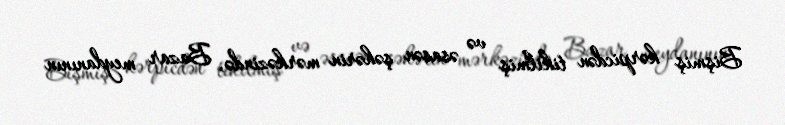
Bişmiş kərpicdən tikilmiş və əsasən şəhərin mərkəzində, Bazar meydanının